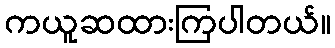
ကယူဆထားကြပါတယ်။